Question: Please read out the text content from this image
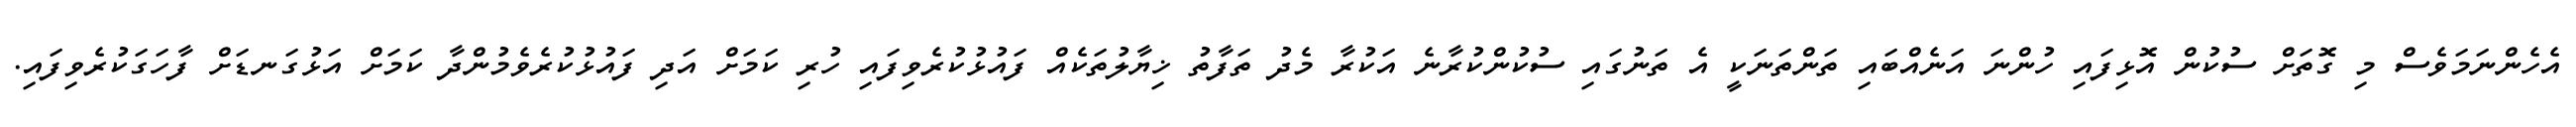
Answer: އެހެންނަމަވެސް މި ގޮތަށް ސުކުން އޮޅިފައި ހުންނަ އަނެއްބައި ތަންތަނަކީ އެ ތަނުގައި ސުކުންކުރާނެ އަކުރާ މެދު ތަފާތު ޚިޔާލުތަކެއް ފައުޅުކުރެވިފައި ހުރި ކަމަށް އަދި ފައުޅުކުރެވެމުންދާ ކަމަށް އަޅުގަނޑަށް ފާހަގަކުރެވިފައި.